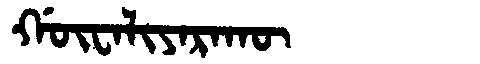
Manchu: ᡤᡡᠸᠠᠯᡳᠶᠠᡵᠠᡴᡡ
Romanization: GŪWALIYARAKŪ